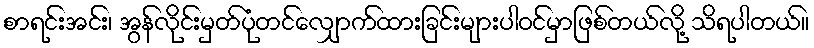
စာရင်းအင်း၊ အွန်လိုင်းမှတ်ပုံတင်လျှောက်ထားခြင်းများပါဝင်မှာဖြစ်တယ်လို့ သိရပါတယ်။